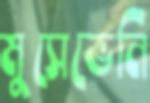
মুসেভেনি